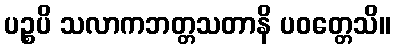
ပဉ္စပိ သလာကဘတ္တသတာနိ ပဝတ္တေသိ။